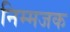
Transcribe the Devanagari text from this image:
निम्मजक